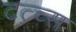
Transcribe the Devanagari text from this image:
टत्च्स